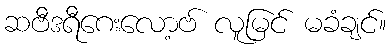
ဆဗီဒရီဂေးလော့ဗ် လူမြင် မခံချင်။